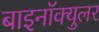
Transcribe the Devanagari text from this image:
बाइनॉक्युलर